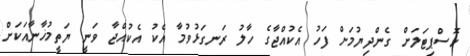
ހޮސްޕިޓަލަށް ގެންދިޔުމަށް ފަހު އެކުއްޖާގެ ހާލު ރަނގަޅުވުމާ އެކު އެކުއްޖާ ވަނީ ޔަތީމުޚާނާއަކަށް